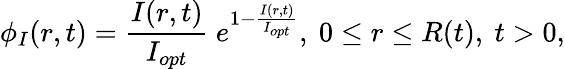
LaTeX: \phi_{I}(r,t)=\frac{I(r,t)}{I_{opt}}\ e^{1-\frac{I(r,t)}{I_{opt}}},\ 0\leq r\leq R(t),\ t>0,